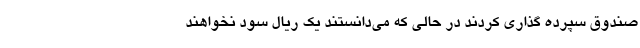
صندوق سپرده گذاری کردند در حالی که می‌دانستند یک ریال سود نخواهند